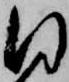
同